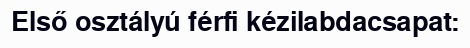
Első osztályú férfi kézilabdacsapat: